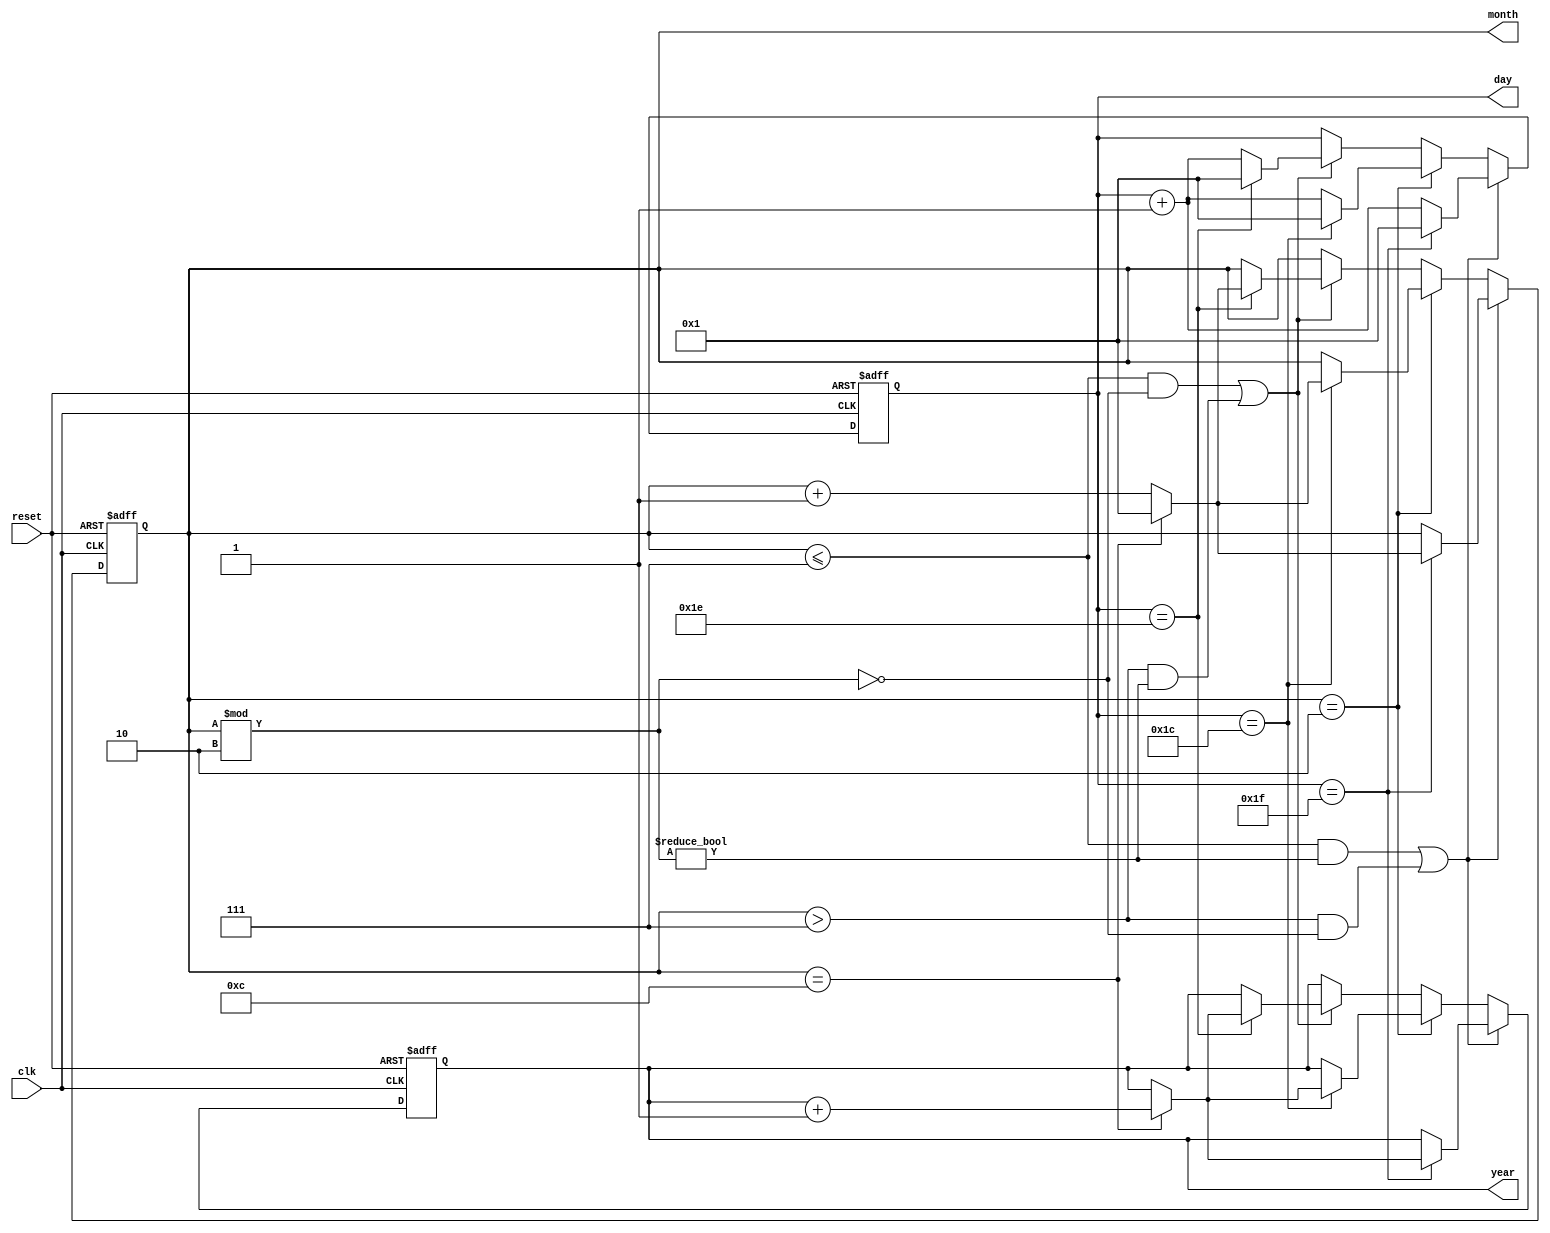
`timescale 1ns / 1ps
//////////////////////////////////////////////////////////////////////////////////
// Company: 
// Engineer: 
// 
// Design Name: 
// Module Name:    main 
// Project Name: 
// Target Devices: 
// Tool versions: 
// Description: 
//
// Dependencies: 
//
// Revision: 
// Revision 0.01 - File Created
// Additional Comments: 
//
//////////////////////////////////////////////////////////////////////////////////
// Code your design here
module DigitalCalendar (
  input wire clk,  
  input wire reset, 
  output wire [6:0] year,   // 7-bit output for year (0-99)
  output wire [4:0] month,  // 4-bit output for month (1-12)
  output wire [4:0] day     // 5-bit output for day (1-31)
);

  reg [6:0] count_year;   
  reg [4:0] count_month;  
  reg [4:0] count_day;    

  always @(posedge clk or posedge reset) 
	 begin//1
    if (reset) 
	 begin
      count_year <= 7'd1;    // Initialize year counter to 1
      count_month <= 5'd1;   // Initialize month counter to 1
      count_day <= 5'd1;     // Initialize day counter to 1
    end 
	 else 
		begin
/*if(count_year/400==0 || (count_year/4==0 && count_year/100 !=0))
begin
if(count_month==2)
			begin
			if (count_day == 5'd29) 
				begin
				count_day <= 5'd1;   
				if (count_month == 4'd12) 
					begin
					count_month <= 5'd1;   
					count_year <= count_year + 7'd1;   
					end 
				else 
					begin
					count_month <= count_month + 5'd1;   
					end
            end
			else 
				begin
				count_day <= count_day + 5'd1;   
				end
		   end
end
else*/
begin
//for 31days 
		if(count_month<=7 && count_month%2 !=0 || count_month>7 && count_month%2 == 0)
			begin
			if (count_day == 5'd31) 
				begin
				count_day <= 5'd1;   
				if (count_month == 4'd12) 
					begin
					count_month <= 5'd1;   
					count_year <= count_year + 7'd1;   
					end 
				else 
					begin
					count_month <= count_month + 5'd1;   
					end
            end
			else 
				begin
				count_day <= count_day + 5'd1;   
				end
		   end

//for feb 28 days

else if(count_month==2)
			begin
			if (count_day == 5'd28) 
				begin
				count_day <= 5'd1;   
				if (count_month == 4'd12) 
					begin
					count_month <= 5'd1;   
					count_year <= count_year + 7'd1;   
					end 
				else 
					begin
					count_month <= count_month + 5'd1;   
					end
            end
			else 
				begin
				count_day <= count_day + 5'd1;   
				end
		   end
		
//for 30days
else if(count_month<=7 && count_month%2 ==0 || count_month>7 && count_month%2 != 0)
			begin
			if (count_day == 5'd30) 
				begin
				count_day <= 5'd1;   
				if (count_month == 4'd12) 
					begin
					count_month <= 5'd1;   
					count_year <= count_year + 7'd1;   
					end 
				else 
					begin
					count_month <= count_month + 5'd1;  
					end
            end
			else 
				begin
				count_day <= count_day + 5'd1;  
				end
		   end				
end
end
end
  assign year = count_year;
  assign month = count_month;
  assign day = count_day;

endmodule